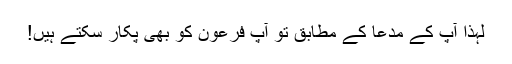
لہٰذا آپ کے مدعا کے مطابق تو آپ فرعون کو بھی پکار سکتے ہیں!